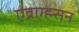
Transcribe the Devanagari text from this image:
एब्रएह्म्सन